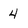
Character: 4